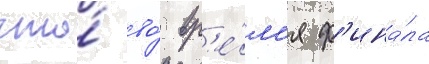
что́ во́ вр'е́м'я ф'ина́ла